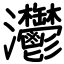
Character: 灪